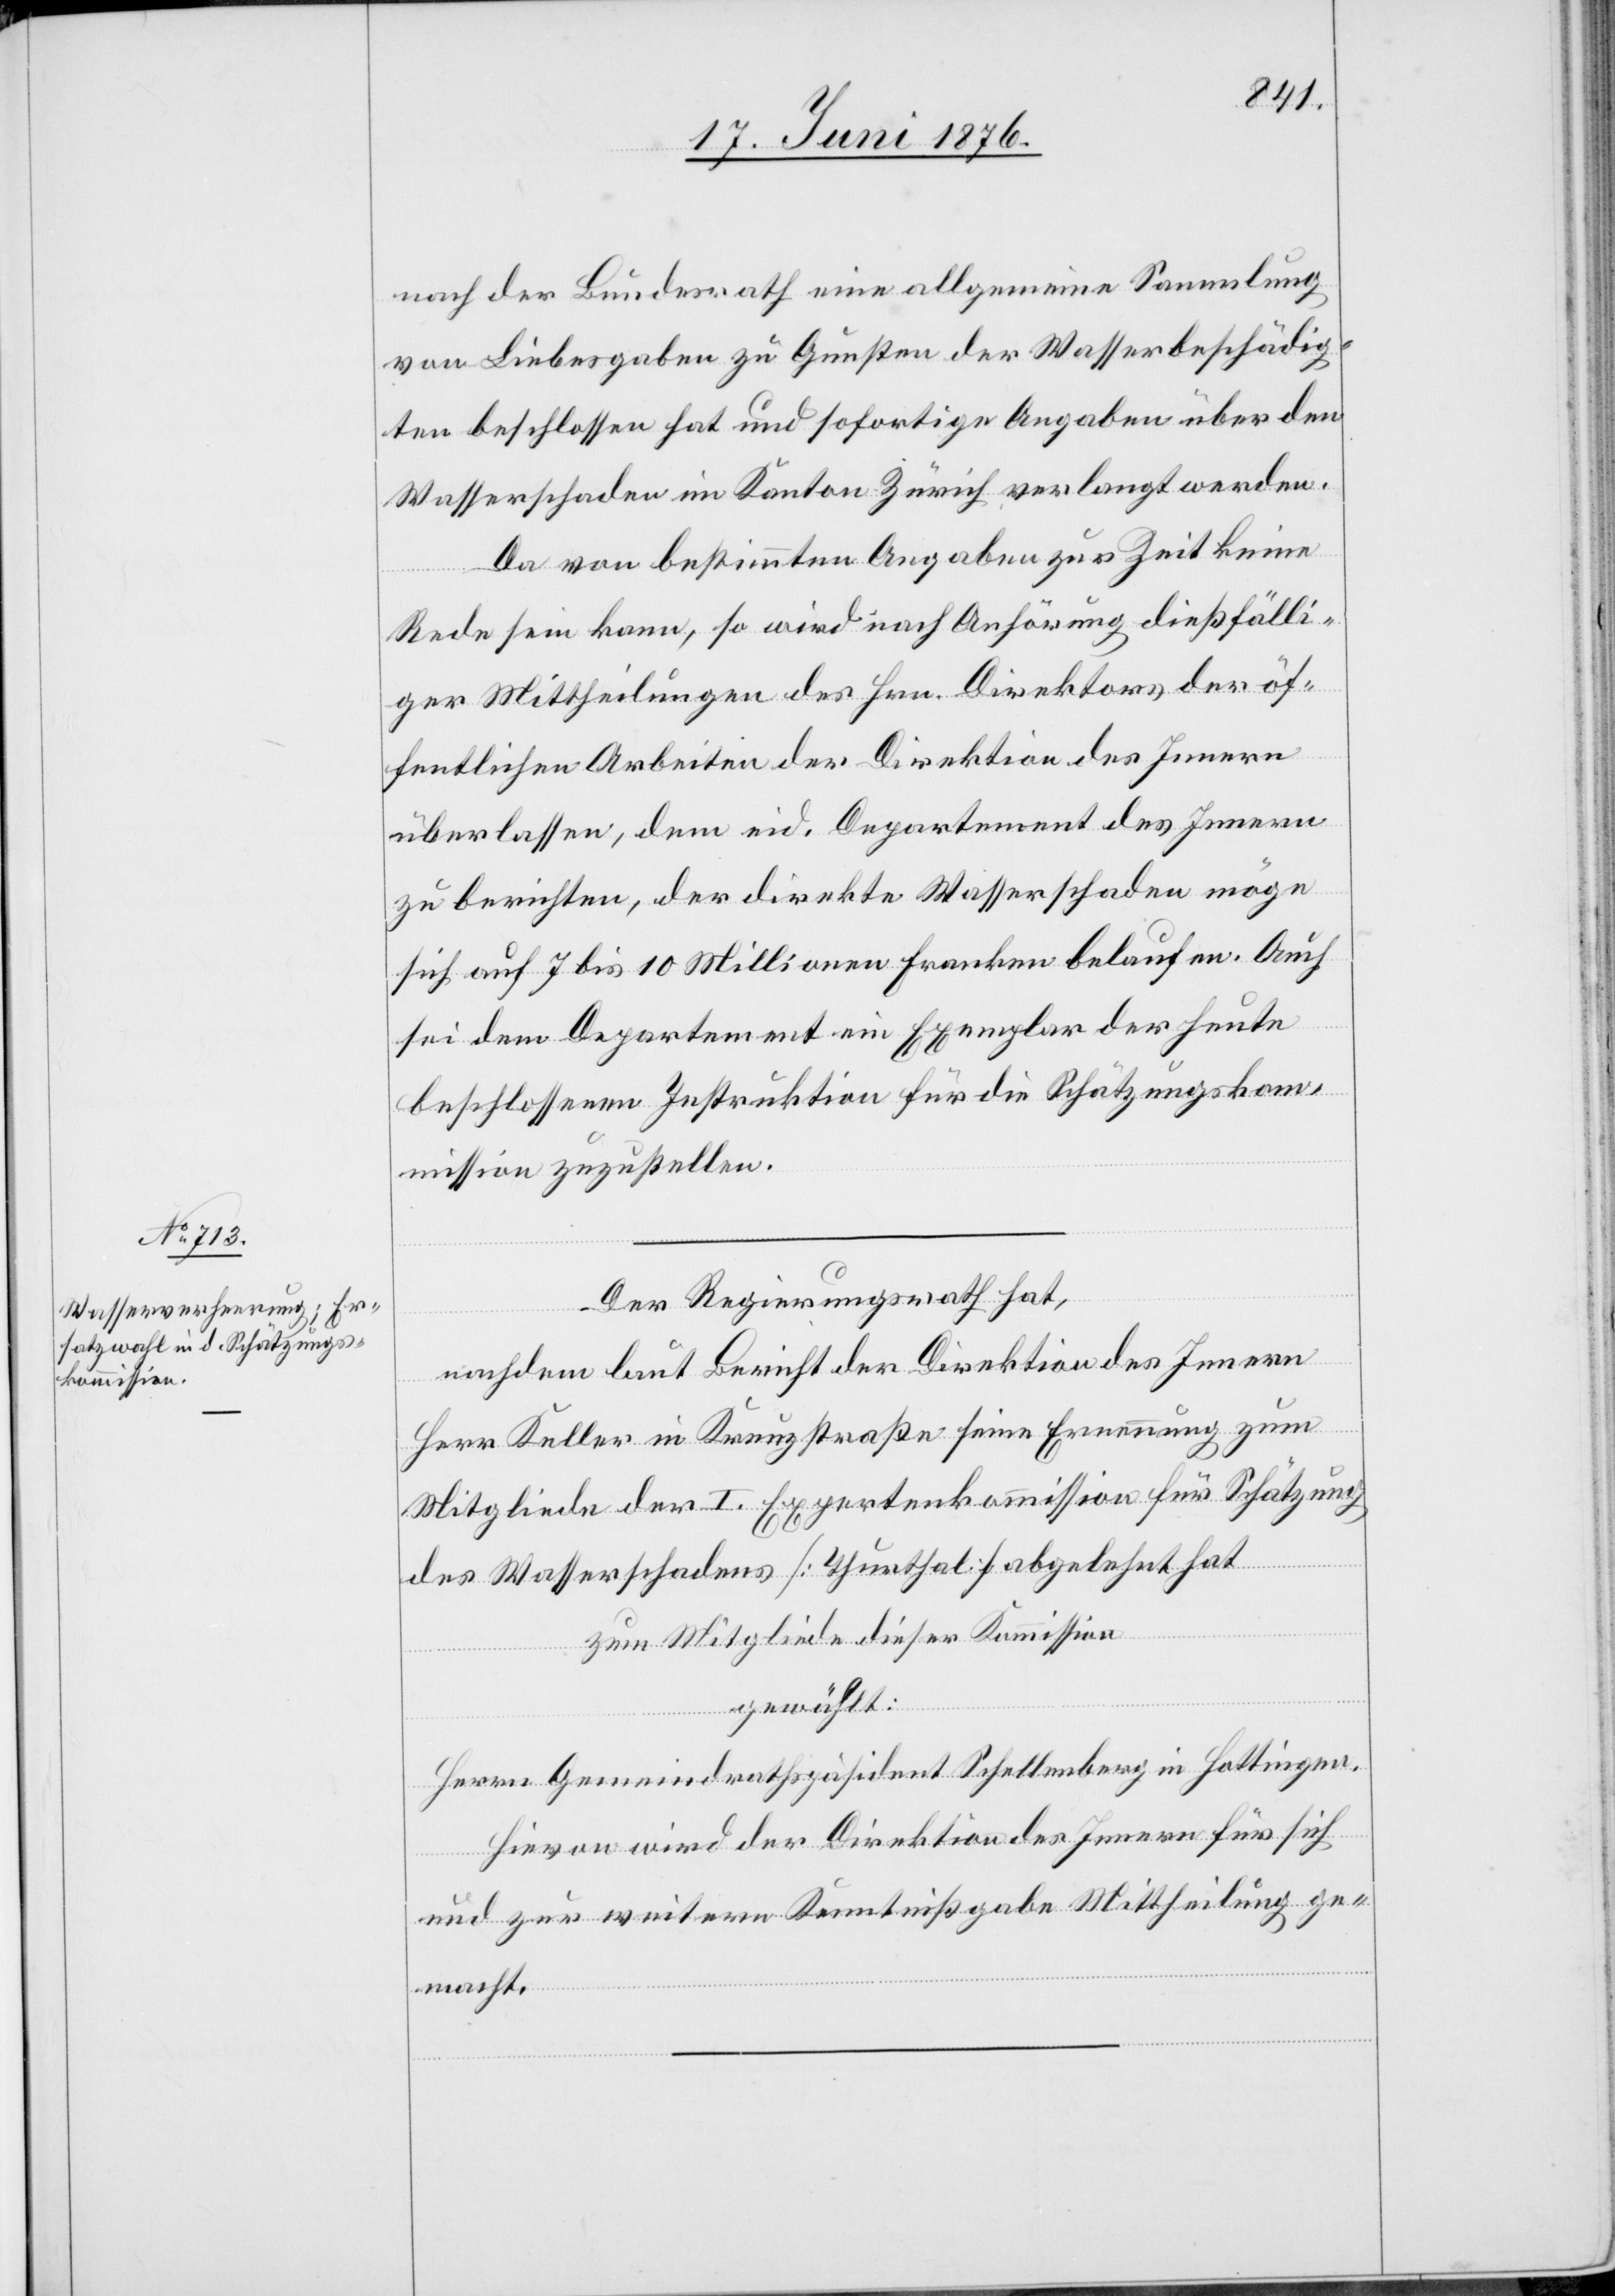
nach der Bundesrath eine allgemeine Sammlung
von Liebesgaben zu Gunsten der Wasserbeschädig¬
ten beschlossen hat und sofortige Angaben über den
Wasserschaden im Kanton Zürich verlangt werden.
Da von bestimmten Angaben zur Zeit keine
Rede sein kann, so wird nach Anhörung dießfälli¬
ger Mittheilungen des Hrn. Direktors der öf¬
fentlichen Arbeiten der Direktion des Innern
überlassen, dem eid. Departement des Innern
zu berichten, der direkte Wasserschaden möge
sich auf 7 bis 10 Millionen Franken belaufen. Auch
sei dem Departement ein Exemplar der heute
beschlossenen Instruktion für die Schätzungskom¬
mission zuzustellen.
Der Regierungsrath hat,
nachdem laut Bericht der Direktion des Innern
Herr Keller in Kreuzstraße seine Ernennung zum
Mitgliede der I. Expertenkommission für Schätzung
des Wasserschadens [Thurthal] abgelehnt hat
zum Mitgliede dieser Kommission
gewählt:
Herrn Gemeindrathspräsident Schellenberg in Hottingen.
Hievon wird der Direktion des Innern für sich
und zur weiteren Kenntnißgabe Mittheilung ge¬
macht.